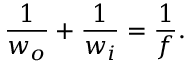
\frac { 1 } { w _ { o } } + \frac { 1 } { w _ { i } } = \frac { 1 } { f } .